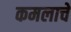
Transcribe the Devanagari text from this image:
कमलाचे